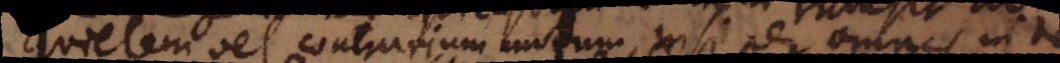
quietem vel contrarium motum, nisi per omnes